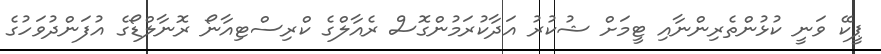
ޕީކޭ ވަނީ ކުޅުންތެރިންނާއި ޓީމަށް ޝުކުރު އަދާކުރަމުންގޮސް ރެއާލްގެ ކްރިސްޓިއާނޯ ރޮނާލްޑޯގެ އުފަންދުވަހުގެ